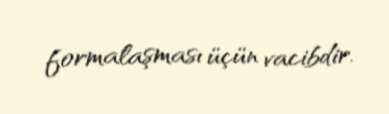
formalaşması üçün vacibdir.